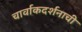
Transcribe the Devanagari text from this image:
चार्वाकदर्शनाची